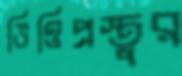
ভিত্তিপ্রস্তুর